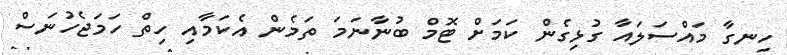
ހިނގާ މައްސަލައާ ގުޅިގެން ކަމަށް ޓޮމް ބުނާނަމަ ތަމެން އެކަމާއި ހިތް ހަމަޖެހުނަސް